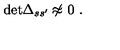
\mathrm { d e t } \Delta _ { s s ^ { \prime } } \not { \! \! \approx } \ 0 \ .